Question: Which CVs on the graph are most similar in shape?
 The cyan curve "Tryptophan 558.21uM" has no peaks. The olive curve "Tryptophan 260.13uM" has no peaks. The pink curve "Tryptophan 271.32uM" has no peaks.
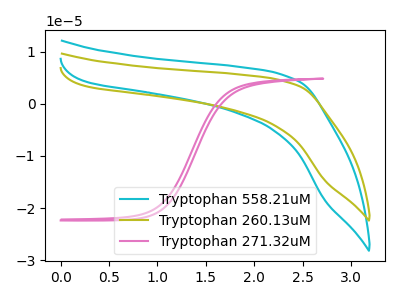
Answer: <think>Neither "Tryptophan 558.21uM" or "Tryptophan 260.13uM" have any peaks. Neither "Tryptophan 558.21uM" or "Tryptophan 271.32uM" have any peaks. Neither "Tryptophan 260.13uM" or "Tryptophan 271.32uM" have any peaks.
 </think>
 <answer>"Tryptophan 260.13uM", "Tryptophan 558.21uM" and "Tryptophan 271.32uM" have the same shape and are likely CV's of the same chemical.</answer>
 <eval>"Tryptophan 260.13uM" "Tryptophan 558.21uM" "Tryptophan 271.32uM"</eval>